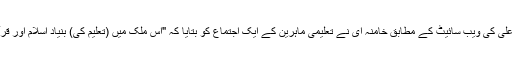
راہبر اعلیٰ کی ویب سائیٹ کے مطابق خامنہ ای نے تعلیمی ماہرین کے ایک اجتماع کو بتایا کہ "اس ملک میں (تعلیم کی) بنیاد اسلام اور قرآن ہے۔